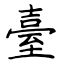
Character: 臺